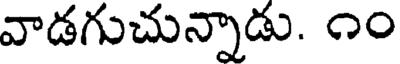
వాడగుచున్నాడు. ౧౦